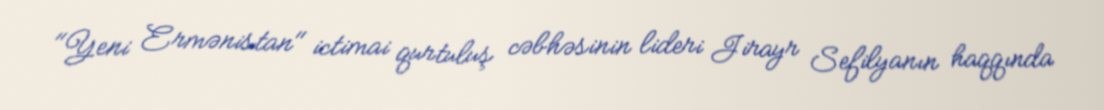
"Yeni Ermənistan" ictimai qurtuluş cəbhəsinin lideri Jirayr Sefilyanın haqqında